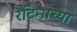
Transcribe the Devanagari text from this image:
रेटिनाच्या